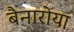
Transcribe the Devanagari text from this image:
बैनारोया